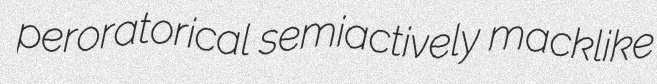
peroratorical semiactively macklike